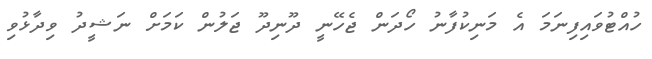
ހުއްޓުވައިފިނަމަ އެ މަނިކުފާނު ހޯދަން ޖެހޭނީ ދޫނިދޫ ޖަލުން ކަމަށް ނަޝީދު ވިދާޅުވި